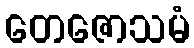
တေဇောသမံ